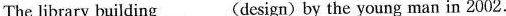
The library building___(design) by the young man in 2002.